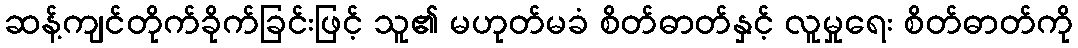
ဆန့်ကျင်တိုက်ခိုက်ခြင်းဖြင့် သူ၏ မဟုတ်မခံ စိတ်ဓာတ်နှင့် လူမှုရေး စိတ်ဓာတ်ကို